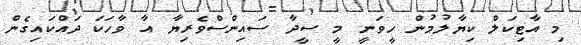
މި އާޓިކަލް ކިޔާލުމުން ހީވަނީ މީ ސީދާ ސައިންސްވެރިޔާ އާ ވާހަކަ ދައްކައިގެން